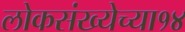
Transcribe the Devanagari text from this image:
लोकसंख्येच्या१४